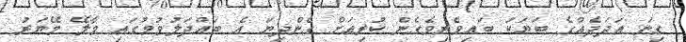
ގިނަ އަދަދެއްގެ ބަޔަކު ބައިވެރިވެގެން ކުރިއަށް ގެންދިޔަ އެ ބައްދަލުވުމުގައި މާލޭ މޭޔަރު